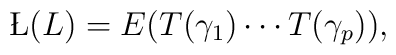
\L(L) = E(T(\gamma_1)\cdots T(\gamma_p)),